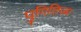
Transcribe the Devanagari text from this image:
पुगिलिज्म